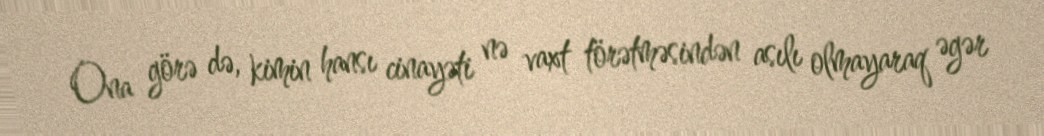
Ona görə də, kimin hansı cinayəti nə vaxt törətməsindən asılı olmayaraq əgər